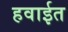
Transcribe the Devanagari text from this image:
हवाईत